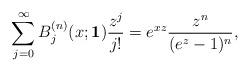
LaTeX: \begin{align*}\sum_{j=0}^{\infty} B_{j}^{(n)}(x;\mathbf{1}) \frac{z^{j}}{j!} = e^{xz} \frac{z^{n}}{(e^{z}-1)^{n}},\end{align*}